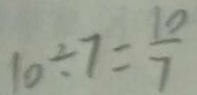
1 0 \div 7 = \frac { 1 0 } { 7 }